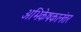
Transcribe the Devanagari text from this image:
अभिकेषकानंतर